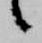
候